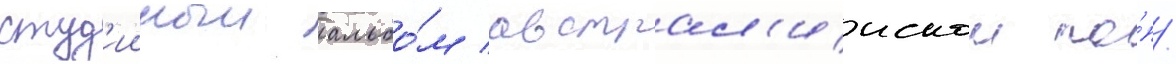
студ'ииныи альбо́м австрал'иискои по́п/